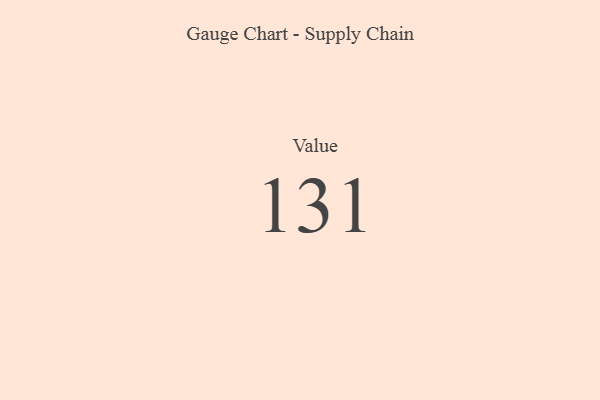
{"axis": {"x": "Metric", "y": "Value"}, "legend": [""], "data": [{"x": "Value", "y": 131, "type": ""}]}